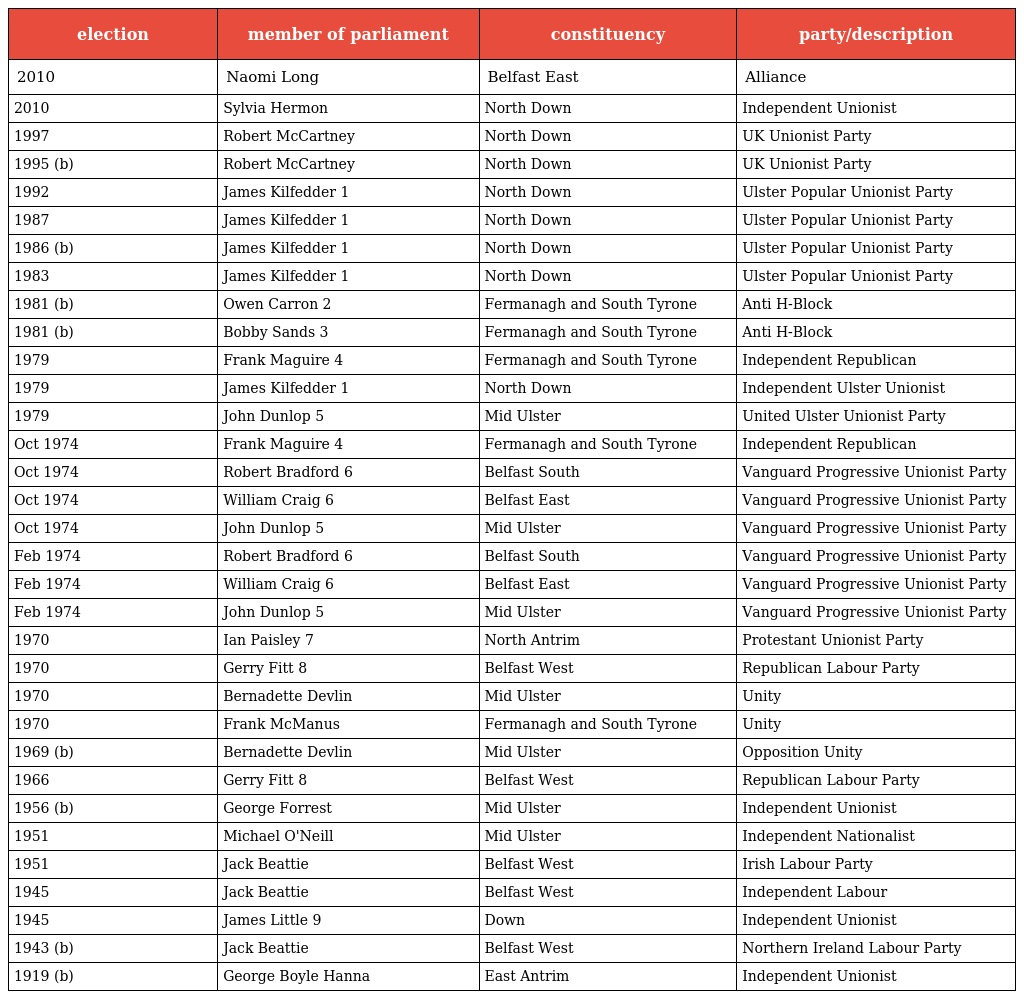
| election | member of parliament | constituency | party/description |
 | --- | --- | --- | --- |
 | 2010 | Naomi Long | Belfast East | Alliance |
 | 2010 | Sylvia Hermon | North Down | Independent Unionist |
 | 1997 | Robert McCartney | North Down | UK Unionist Party |
 | 1995 (b) | Robert McCartney | North Down | UK Unionist Party |
 | 1992 | James Kilfedder 1 | North Down | Ulster Popular Unionist Party |
 | 1987 | James Kilfedder 1 | North Down | Ulster Popular Unionist Party |
 | 1986 (b) | James Kilfedder 1 | North Down | Ulster Popular Unionist Party |
 | 1983 | James Kilfedder 1 | North Down | Ulster Popular Unionist Party |
 | 1981 (b) | Owen Carron 2 | Fermanagh and South Tyrone | Anti H-Block |
 | 1981 (b) | Bobby Sands 3 | Fermanagh and South Tyrone | Anti H-Block |
 | 1979 | Frank Maguire 4 | Fermanagh and South Tyrone | Independent Republican |
 | 1979 | James Kilfedder 1 | North Down | Independent Ulster Unionist |
 | 1979 | John Dunlop 5 | Mid Ulster | United Ulster Unionist Party |
 | Oct 1974 | Frank Maguire 4 | Fermanagh and South Tyrone | Independent Republican |
 | Oct 1974 | Robert Bradford 6 | Belfast South | Vanguard Progressive Unionist Party |
 | Oct 1974 | William Craig 6 | Belfast East | Vanguard Progressive Unionist Party |
 | Oct 1974 | John Dunlop 5 | Mid Ulster | Vanguard Progressive Unionist Party |
 | Feb 1974 | Robert Bradford 6 | Belfast South | Vanguard Progressive Unionist Party |
 | Feb 1974 | William Craig 6 | Belfast East | Vanguard Progressive Unionist Party |
 | Feb 1974 | John Dunlop 5 | Mid Ulster | Vanguard Progressive Unionist Party |
 | 1970 | Ian Paisley 7 | North Antrim | Protestant Unionist Party |
 | 1970 | Gerry Fitt 8 | Belfast West | Republican Labour Party |
 | 1970 | Bernadette Devlin | Mid Ulster | Unity |
 | 1970 | Frank McManus | Fermanagh and South Tyrone | Unity |
 | 1969 (b) | Bernadette Devlin | Mid Ulster | Opposition Unity |
 | 1966 | Gerry Fitt 8 | Belfast West | Republican Labour Party |
 | 1956 (b) | George Forrest | Mid Ulster | Independent Unionist |
 | 1951 | Michael O'Neill | Mid Ulster | Independent Nationalist |
 | 1951 | Jack Beattie | Belfast West | Irish Labour Party |
 | 1945 | Jack Beattie | Belfast West | Independent Labour |
 | 1945 | James Little 9 | Down | Independent Unionist |
 | 1943 (b) | Jack Beattie | Belfast West | Northern Ireland Labour Party |
 | 1919 (b) | George Boyle Hanna | East Antrim | Independent Unionist |